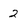
Character: 2